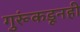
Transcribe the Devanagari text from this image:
गुरूंकडूनही